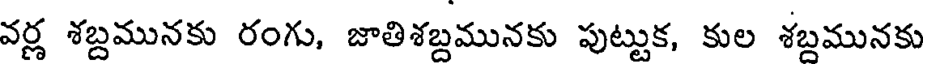
వర్ణ శబ్దమునకు రంగు, జాతిశబ్దమునకు పుట్టుక, కుల శబ్దమునకు